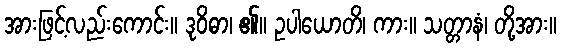
အားဖြင့်လည်းကောင်း။ ဒုဝိဓာ၊ ၏။ ဥပါယောတိ၊ ကား။ သတ္တာနံ၊ တို့အား။